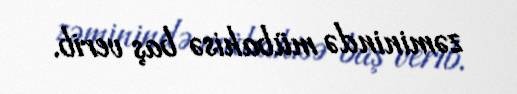
zəminində mübahisə baş verib.